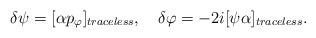
LaTeX: \begin{align*}\delta\psi=[\alpha p_\varphi]_{traceless},\quad \delta \varphi=-2i[\psi\alpha]_{traceless}.\end{align*}